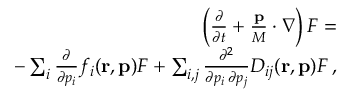
\begin{array} { r l r } & { } & { \left( \frac { \partial } { \partial t } + \frac { { \bf p } } { M } \cdot \nabla \right) { \cal F } = } \\ & { } & { - \sum _ { i } \frac { \partial } { \partial p _ { i } } f _ { i } ( { \bf r } , { \bf p } ) { \cal F } + \sum _ { i , j } \frac { \partial ^ { 2 } } { \partial p _ { i } \, \partial p _ { j } } D _ { i j } ( { \bf r } , { \bf p } ) { \cal F } \, , } \end{array}